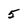
Character: 5